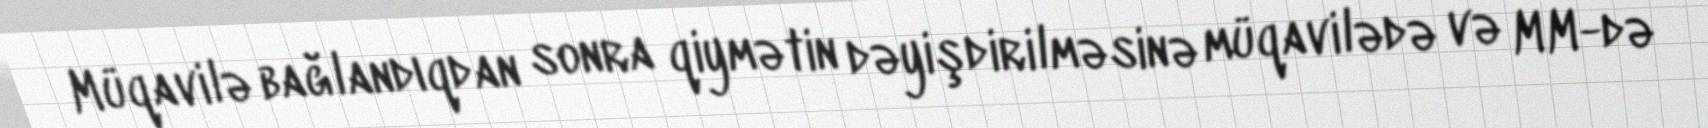
Müqavilə bağlandıqdan sonra qiymətin dəyişdirilməsinə müqavilədə və MM-də